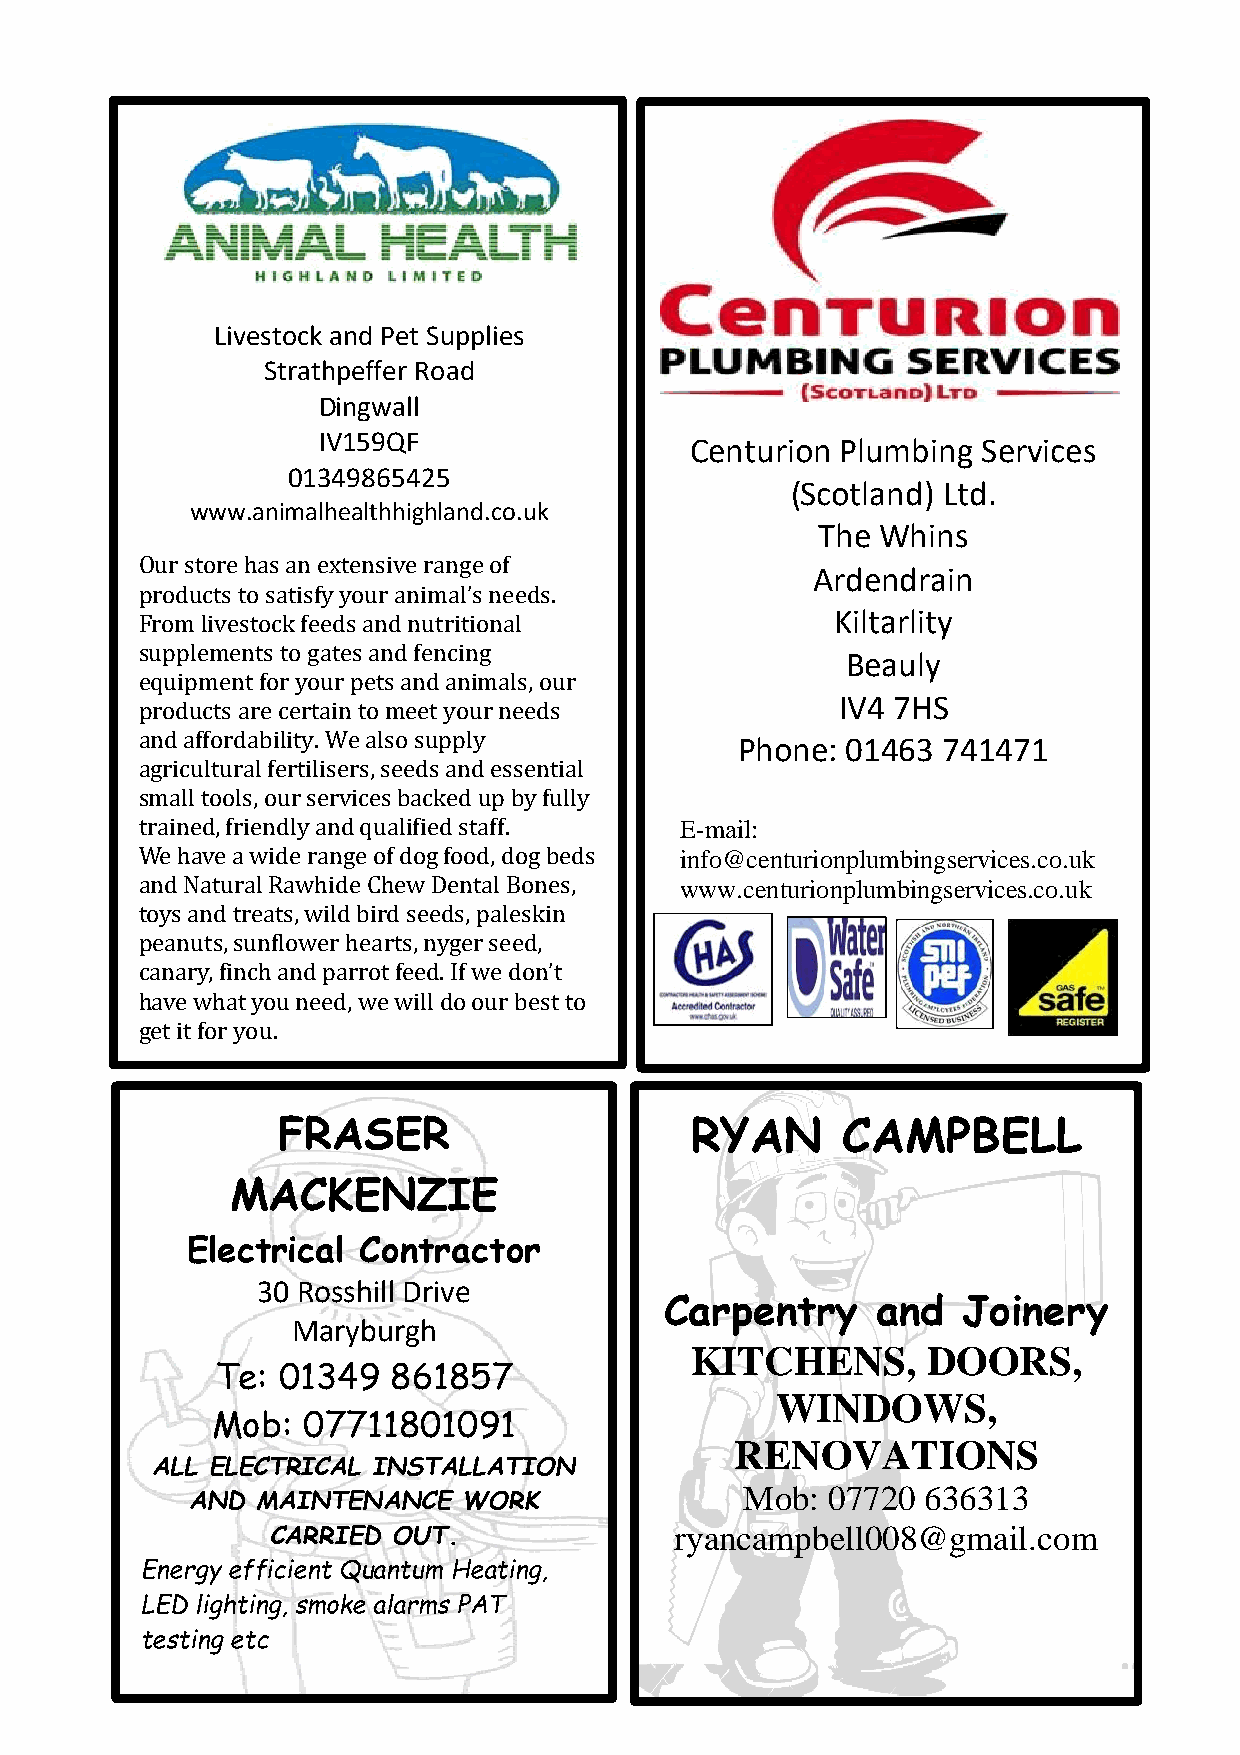
\
 23
 Livestock and Pet Supplies
 Strathpeffer Road                                                           Issue 131                          December - March 2021
 Issue 132                             December 2020 -March 2021
 Dingwall
 IV159QF                  Centurion Plumbing Services
 ss       01349865425
 (Scotland) Ltd.
 www.animalhealthhighland.co.uk
 The Whins
 Our store has an extensive range of
 Ardendrain
 pr oducts to satisfy your animal’s needs.
 From livestock feeds and nutritional          Kiltarlity
 supplements to gates and fencing
 Beauly
 eq uipment for your pets and animals, our
 IV4 7HS
 products are certain to meet your needs
 and affordability. We also supply
 Phone: 01463 741471
 agricultural fertilisers, seeds and essential
 sm all tools, our services backed up by fully
 trained, friendly and qualified staff. E-mail:
 We have a wide range of dog food, dog beds info@centurionplumbingservices.co.uk
 an d Natural Rawhide Chew Dental Bones, www.centurionplumbingservices.co.uk
 to ys and treats, wild bird seeds, paleskin
 peanuts, sunflower hearts, nyger seed,
 canary, finch and parrot feed. If we don’t
 have what you need, we will do our best to
 get it for you.
 FRASER                      RYAN      CAMPBELL
 MACKENZIE
 Electrical  Contractor
 30 Rosshill Drive
 Carpentry     and   Joinery
 Maryburgh
 KITCHENS,      DOORS,
 Te: 01349   861857
 WINDOWS,
 Mob:  07711801091
 RENOVATIONS
 ALL ELECTRICAL INSTALLATION
 Mob:  07720 636313
 AND MAINTENANCE   WORK
 CARRIED OUT.               ryancampbell008@gmail.com
 Energy efficient Quantum Heating,
 LED lighting, smoke alarms PAT
 testing etc